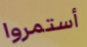
أستمروا